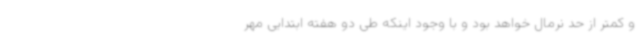
و کمتر از حد نرمال خواهد بود و با وجود اینکه طی دو هفته ابتدایی مهر